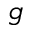
g